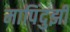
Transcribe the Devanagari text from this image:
मापिंदुझी